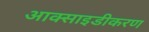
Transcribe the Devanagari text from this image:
आक्साइडीकरण